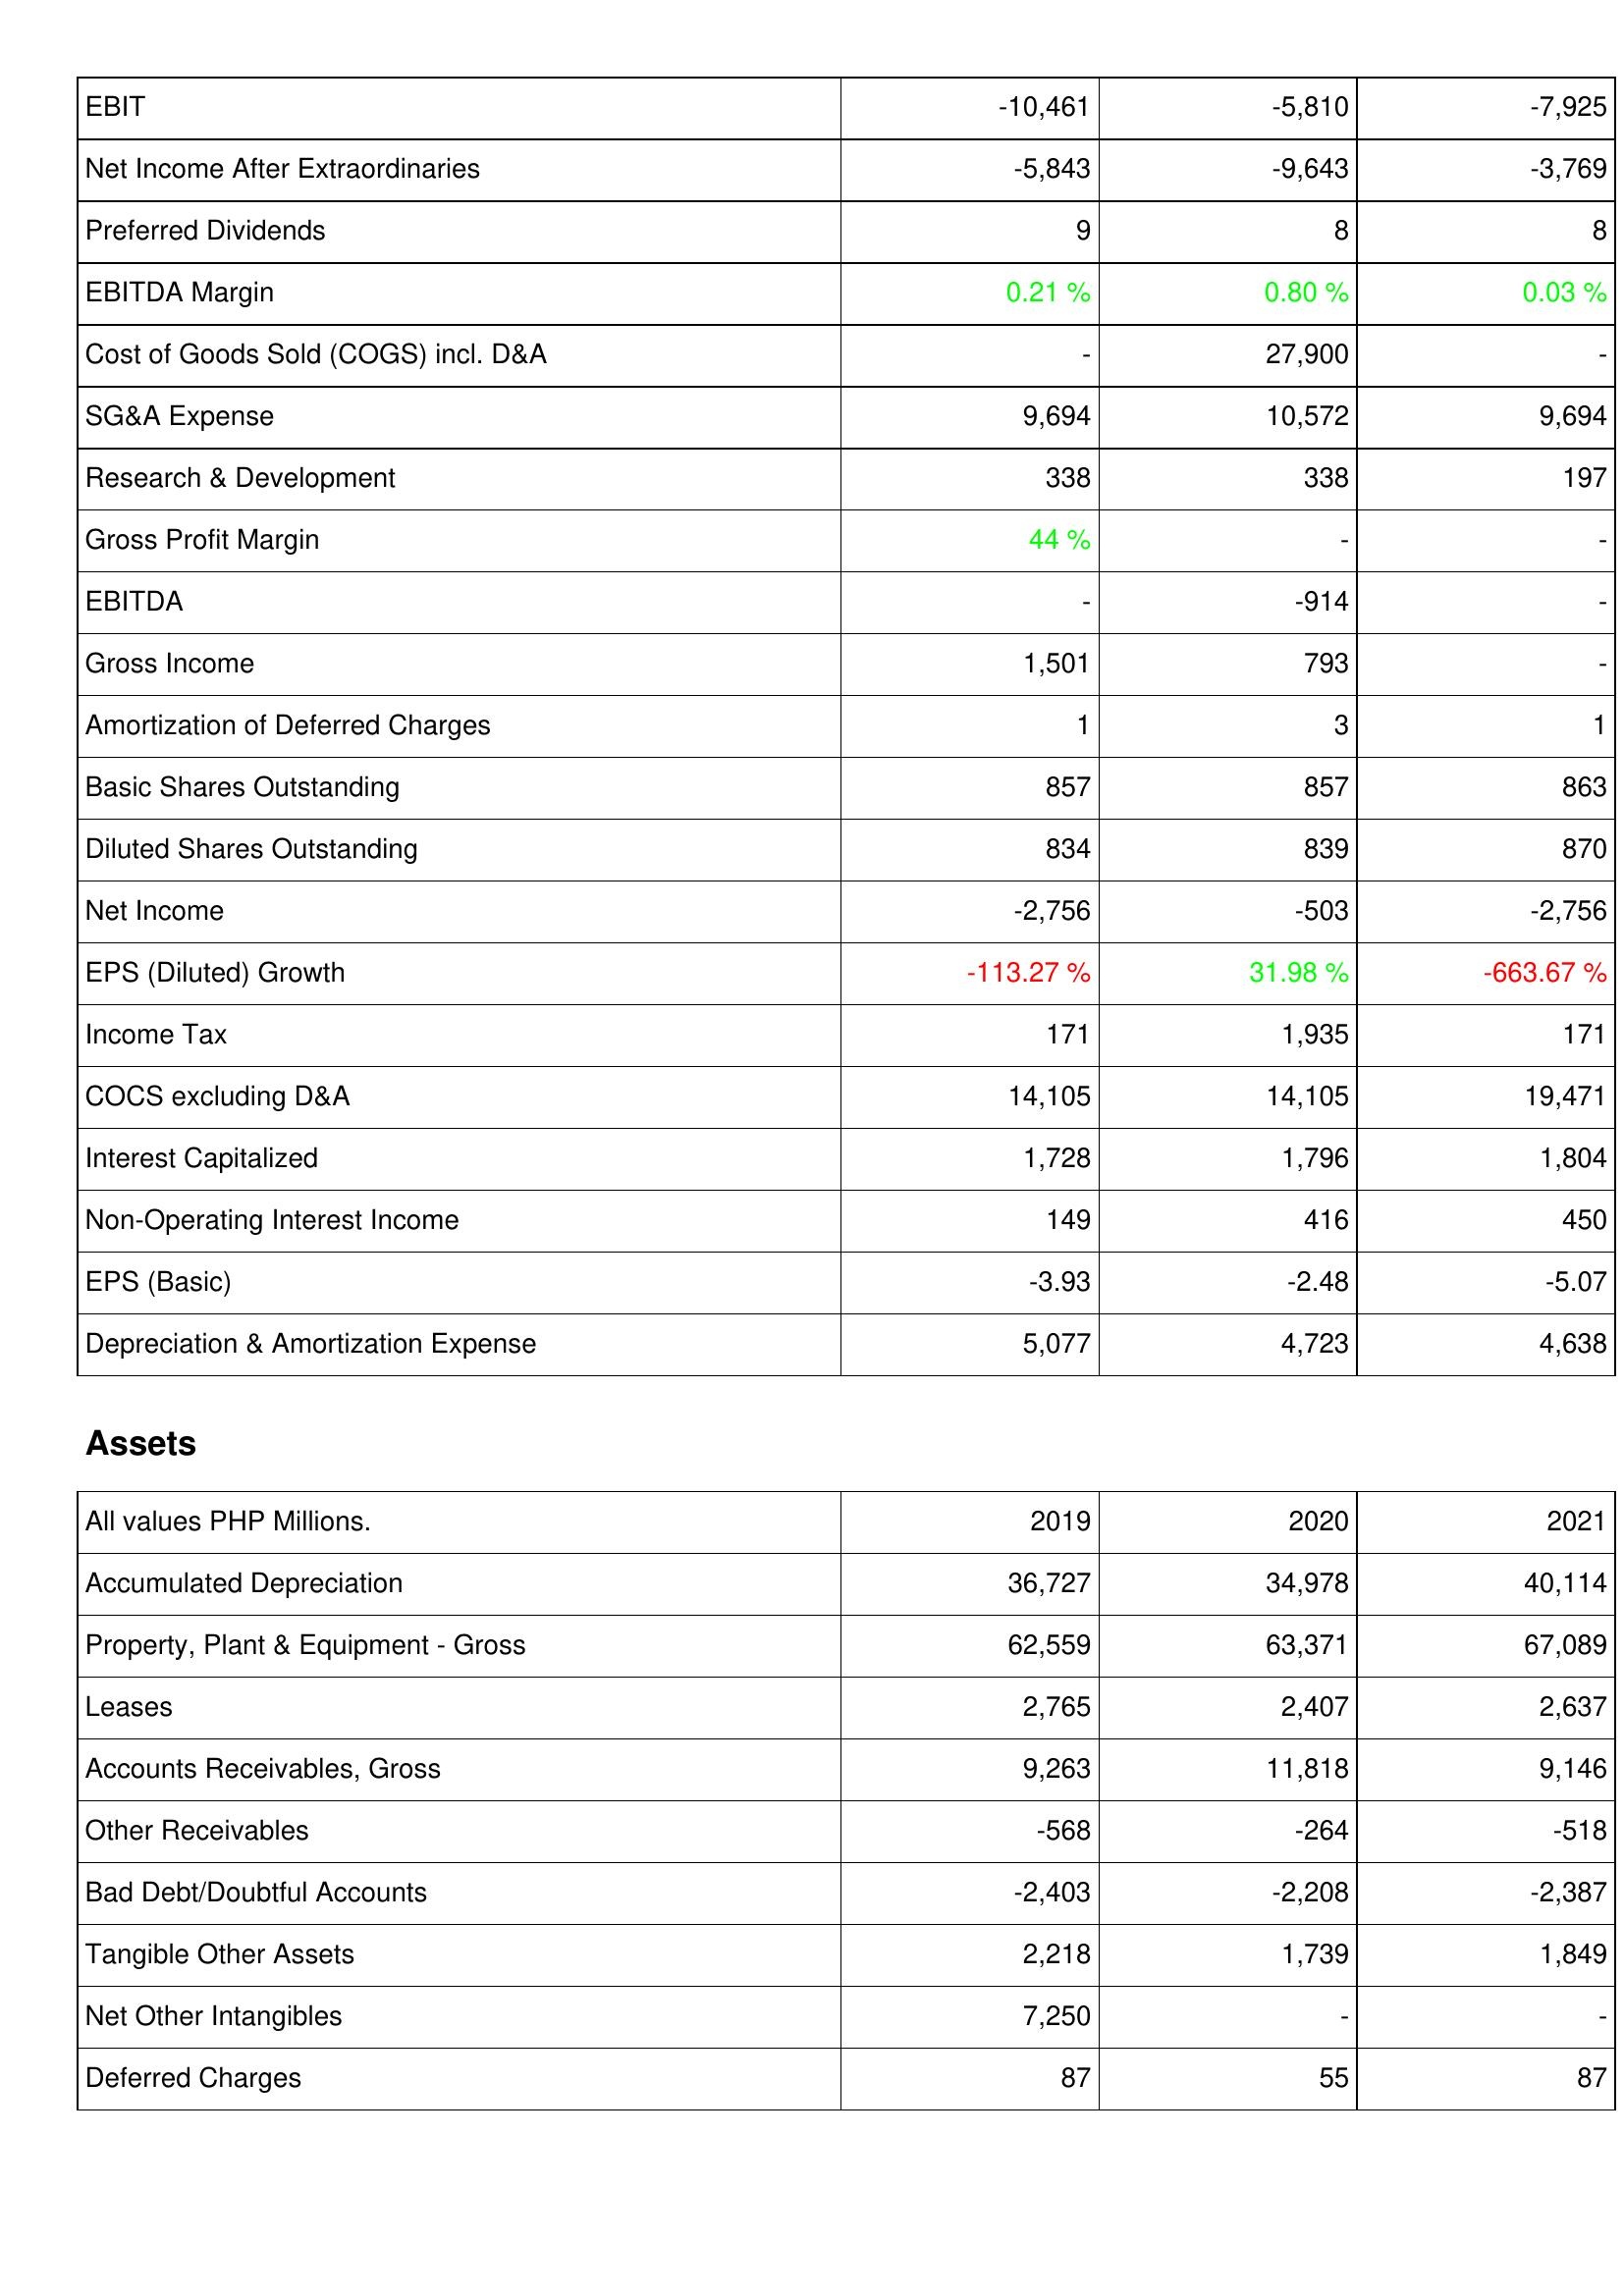
2019: Income Statement: EBIT: -10,461
Net Income After Extraordinaries: -5,843
Preferred Dividends: 9
EBITDA Margin: 0.21 %
Cost of Goods Sold (COGS) incl. D&A: -
SG&A Expense: 9,694
Research & Development: 338
Gross Profit Margin: 44 %
EBITDA: -
Gross Income: 1,501
Amortization of Deferred Charges: 1
Basic Shares Outstanding: 857
Diluted Shares Outstanding: 834
Net Income: -2,756
EPS (Diluted) Growth: -113.27 %
Income Tax: 171
COCS excluding D&A: 14,105
Interest Capitalized: 1,728
Non-Operating Interest Income: 149
EPS (Basic): -3.93
Depreciation & Amortization Expense: 5,077
Assets: Accumulated Depreciation: 36,727
Property, Plant & Equipment - Gross: 62,559
Leases: 2,765
Accounts Receivables, Gross: 9,263
Other Receivables: -568
Bad Debt/Doubtful Accounts: -2,403
Tangible Other Assets: 2,218
Net Other Intangibles: 7,250
Deferred Charges: 87
2020: Income Statement: EBIT: -5,810
Net Income After Extraordinaries: -9,643
Preferred Dividends: 8
EBITDA Margin: 0.80 %
Cost of Goods Sold (COGS) incl. D&A: 27,900
SG&A Expense: 10,572
Research & Development: 338
Gross Profit Margin: -
EBITDA: -914
Gross Income: 793
Amortization of Deferred Charges: 3
Basic Shares Outstanding: 857
Diluted Shares Outstanding: 839
Net Income: -503
EPS (Diluted) Growth: 31.98 %
Income Tax: 1,935
COCS excluding D&A: 14,105
Interest Capitalized: 1,796
Non-Operating Interest Income: 416
EPS (Basic): -2.48
Depreciation & Amortization Expense: 4,723
Assets: Accumulated Depreciation: 34,978
Property, Plant & Equipment - Gross: 63,371
Leases: 2,407
Accounts Receivables, Gross: 11,818
Other Receivables: -264
Bad Debt/Doubtful Accounts: -2,208
Tangible Other Assets: 1,739
Net Other Intangibles: -
Deferred Charges: 55
2021: Income Statement: EBIT: -7,925
Net Income After Extraordinaries: -3,769
Preferred Dividends: 8
EBITDA Margin: 0.03 %
Cost of Goods Sold (COGS) incl. D&A: -
SG&A Expense: 9,694
Research & Development: 197
Gross Profit Margin: -
EBITDA: -
Gross Income: -
Amortization of Deferred Charges: 1
Basic Shares Outstanding: 863
Diluted Shares Outstanding: 870
Net Income: -2,756
EPS (Diluted) Growth: -663.67 %
Income Tax: 171
COCS excluding D&A: 19,471
Interest Capitalized: 1,804
Non-Operating Interest Income: 450
EPS (Basic): -5.07
Depreciation & Amortization Expense: 4,638
Assets: Accumulated Depreciation: 40,114
Property, Plant & Equipment - Gross: 67,089
Leases: 2,637
Accounts Receivables, Gross: 9,146
Other Receivables: -518
Bad Debt/Doubtful Accounts: -2,387
Tangible Other Assets: 1,849
Net Other Intangibles: -
Deferred Charges: 87